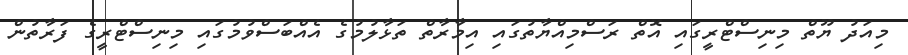
މިއަދު ޔޫތް މިނިސްޓްރީގައި އޮތް ރަސްމިއްޔާތުގައި އިމާރާތް ތަޅާލުމުގެ އެއްބަސްވުމުގައި މިނިސްޓްރީގެ ފަރާތުން